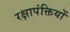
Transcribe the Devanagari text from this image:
रक्षापंक्तियों